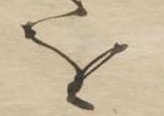
を